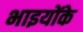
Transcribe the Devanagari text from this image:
भाइयोंके